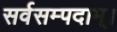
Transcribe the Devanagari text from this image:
सर्वसम्पदाम्‌।